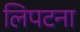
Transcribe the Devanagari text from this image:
लिपटना